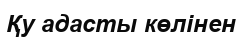
Қу адасты көлінен